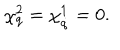
\chi _ { q } ^ { 2 } = \chi _ { \dot { q } } ^ { 1 } = 0 .